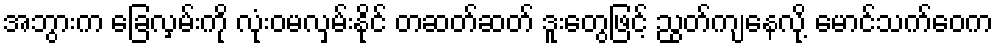
အဘွားက ခြေလှမ်းကို လုံးဝမလှမ်းနိုင် တဆတ်ဆတ် ဒူးတွေဖြင့် ညွတ်ကျနေလို့ မောင်သက်ဝေက